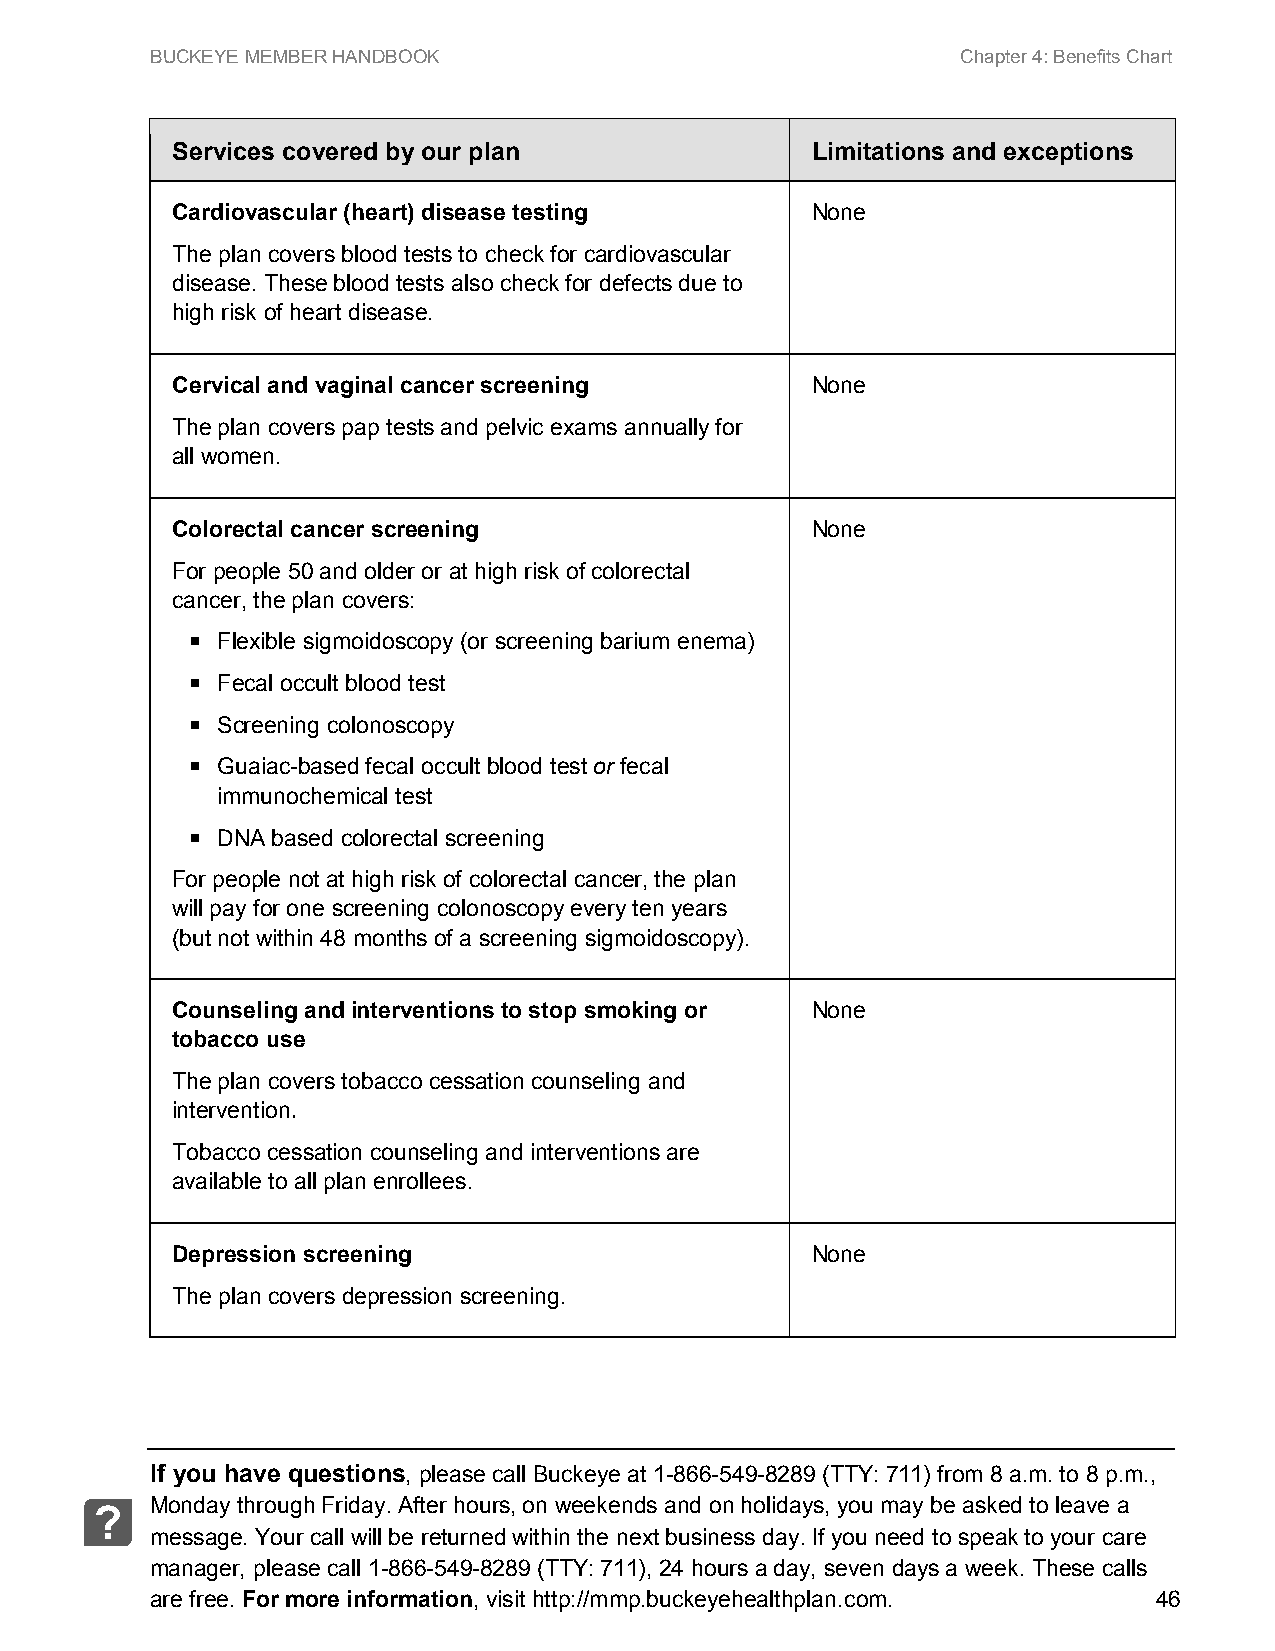
BUCKEYE MEMBER HANDBOOK                               Chapter 4: Benefits Chart
 Services covered by our plan               Limitations and exceptions
 Cardiovascular (heart) disease testing     None
 The plan covers blood tests to check for cardiovascular
 disease. These blood tests also check for defects due to
 high risk of heart disease.
 Cervical and vaginal cancer screening      None
 The plan covers pap tests and pelvic exams annually for
 all women.
 Colorectal cancer screening                None
 For people 50 and older or at high risk of colorectal
 cancer, the plan covers:
  Flexible sigmoidoscopy (or screening barium enema)
  Fecal occult blood test
  Screening colonoscopy
  Guaiac-based fecal occult blood test or fecal
 immunochemical test
  DNA based colorectal screening
 For people not at high risk of colorectal cancer, the plan
 will pay for one screening colonoscopy every ten years
 (but not within 48 months of a screening sigmoidoscopy).
 Counseling and interventions to stop smoking or None
 tobacco use
 The plan covers tobacco cessation counseling and
 intervention.
 Tobacco cessation counseling and interventions are
 available to all plan enrollees.
 Depression screening                       None
 The plan covers depression screening.
 If you have questions, please call Buckeye at 1-866-549-8289 (TTY: 711) from 8 a.m. to 8 p.m.,
 Monday through Friday. After hours, on weekends and on holidays, you may be asked to leave a
 ?
 message. Your call will be returned within the next business day. If you need to speak to your care
 manager, please call 1-866-549-8289 (TTY: 711), 24 hours a day, seven days a week. These calls
 are free. For more information, visit http://mmp.buckeyehealthplan.com. 46